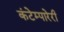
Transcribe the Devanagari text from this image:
कंटेम्पारेरी